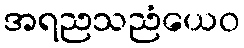
အရညသညံယေဝ